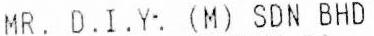
MR. D.I.Y. (M) SDN BHD